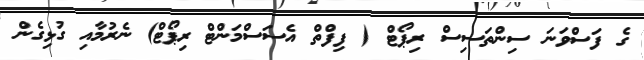
ގެ ފަސްވަނަ ސިންތަސިސް ރިޕޯޓް ( ފިފްތް އެސަސްމަންޓް ރިޕޯޓް) ނެރުމާއި ގުޅިގެން